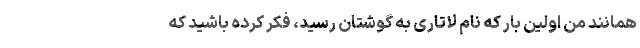
همانند من اولین بار که نام لاتاری به گوشتان رسید، فکر کرده باشید که